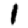
Digit: 1